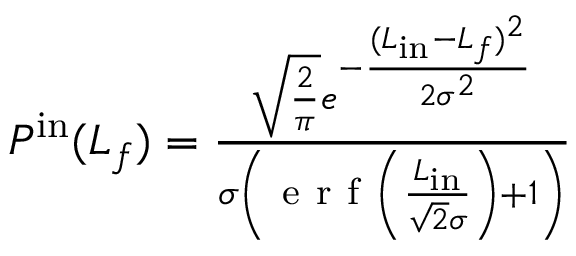
\begin{array} { r } { P ^ { \mathrm { i n } } ( L _ { f } ) = \frac { \sqrt { \frac { 2 } { \pi } } e ^ { - \frac { ( L _ { \mathrm { i n } } - L _ { f } ) ^ { 2 } } { 2 \sigma ^ { 2 } } } } { \sigma \left( \mathrm { ~ e ~ r ~ f ~ } \left( \frac { L _ { \mathrm { i n } } } { \sqrt { 2 } \sigma } \right) + 1 \right) } } \end{array}